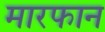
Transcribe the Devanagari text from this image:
मारफान